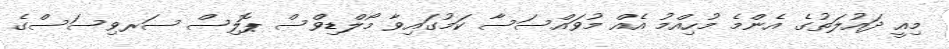
މިއީ ދައުލަތުގެ އެންމެ މުހިއްމު އެއް މުވައްސަސާ ކަމުގައިވާ މޯލްޑިވްސް ޕޮލިސް ސަރވިސަސްގެ